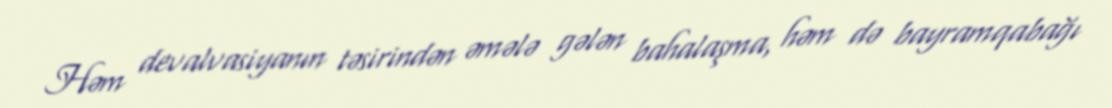
Həm devalvasiyanın təsirindən əmələ gələn bahalaşma, həm də bayramqabağı